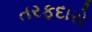
તરફદારો